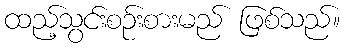
ထည့်သွင်းစဉ်းစားမည် ဖြစ်သည်။